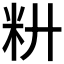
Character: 𰪧